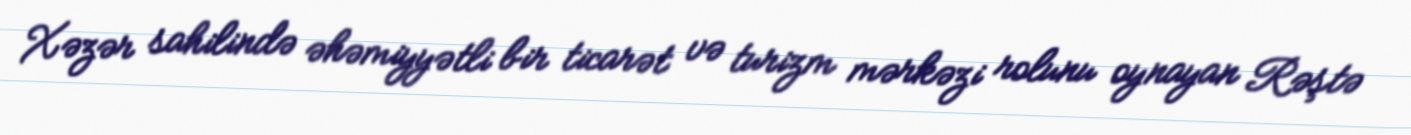
Xəzər sahilində əhəmiyyətli bir ticarət və turizm mərkəzi rolunu oynayan Rəştə